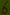
Text: 6